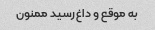
به موقع و داغ رسید ممنون